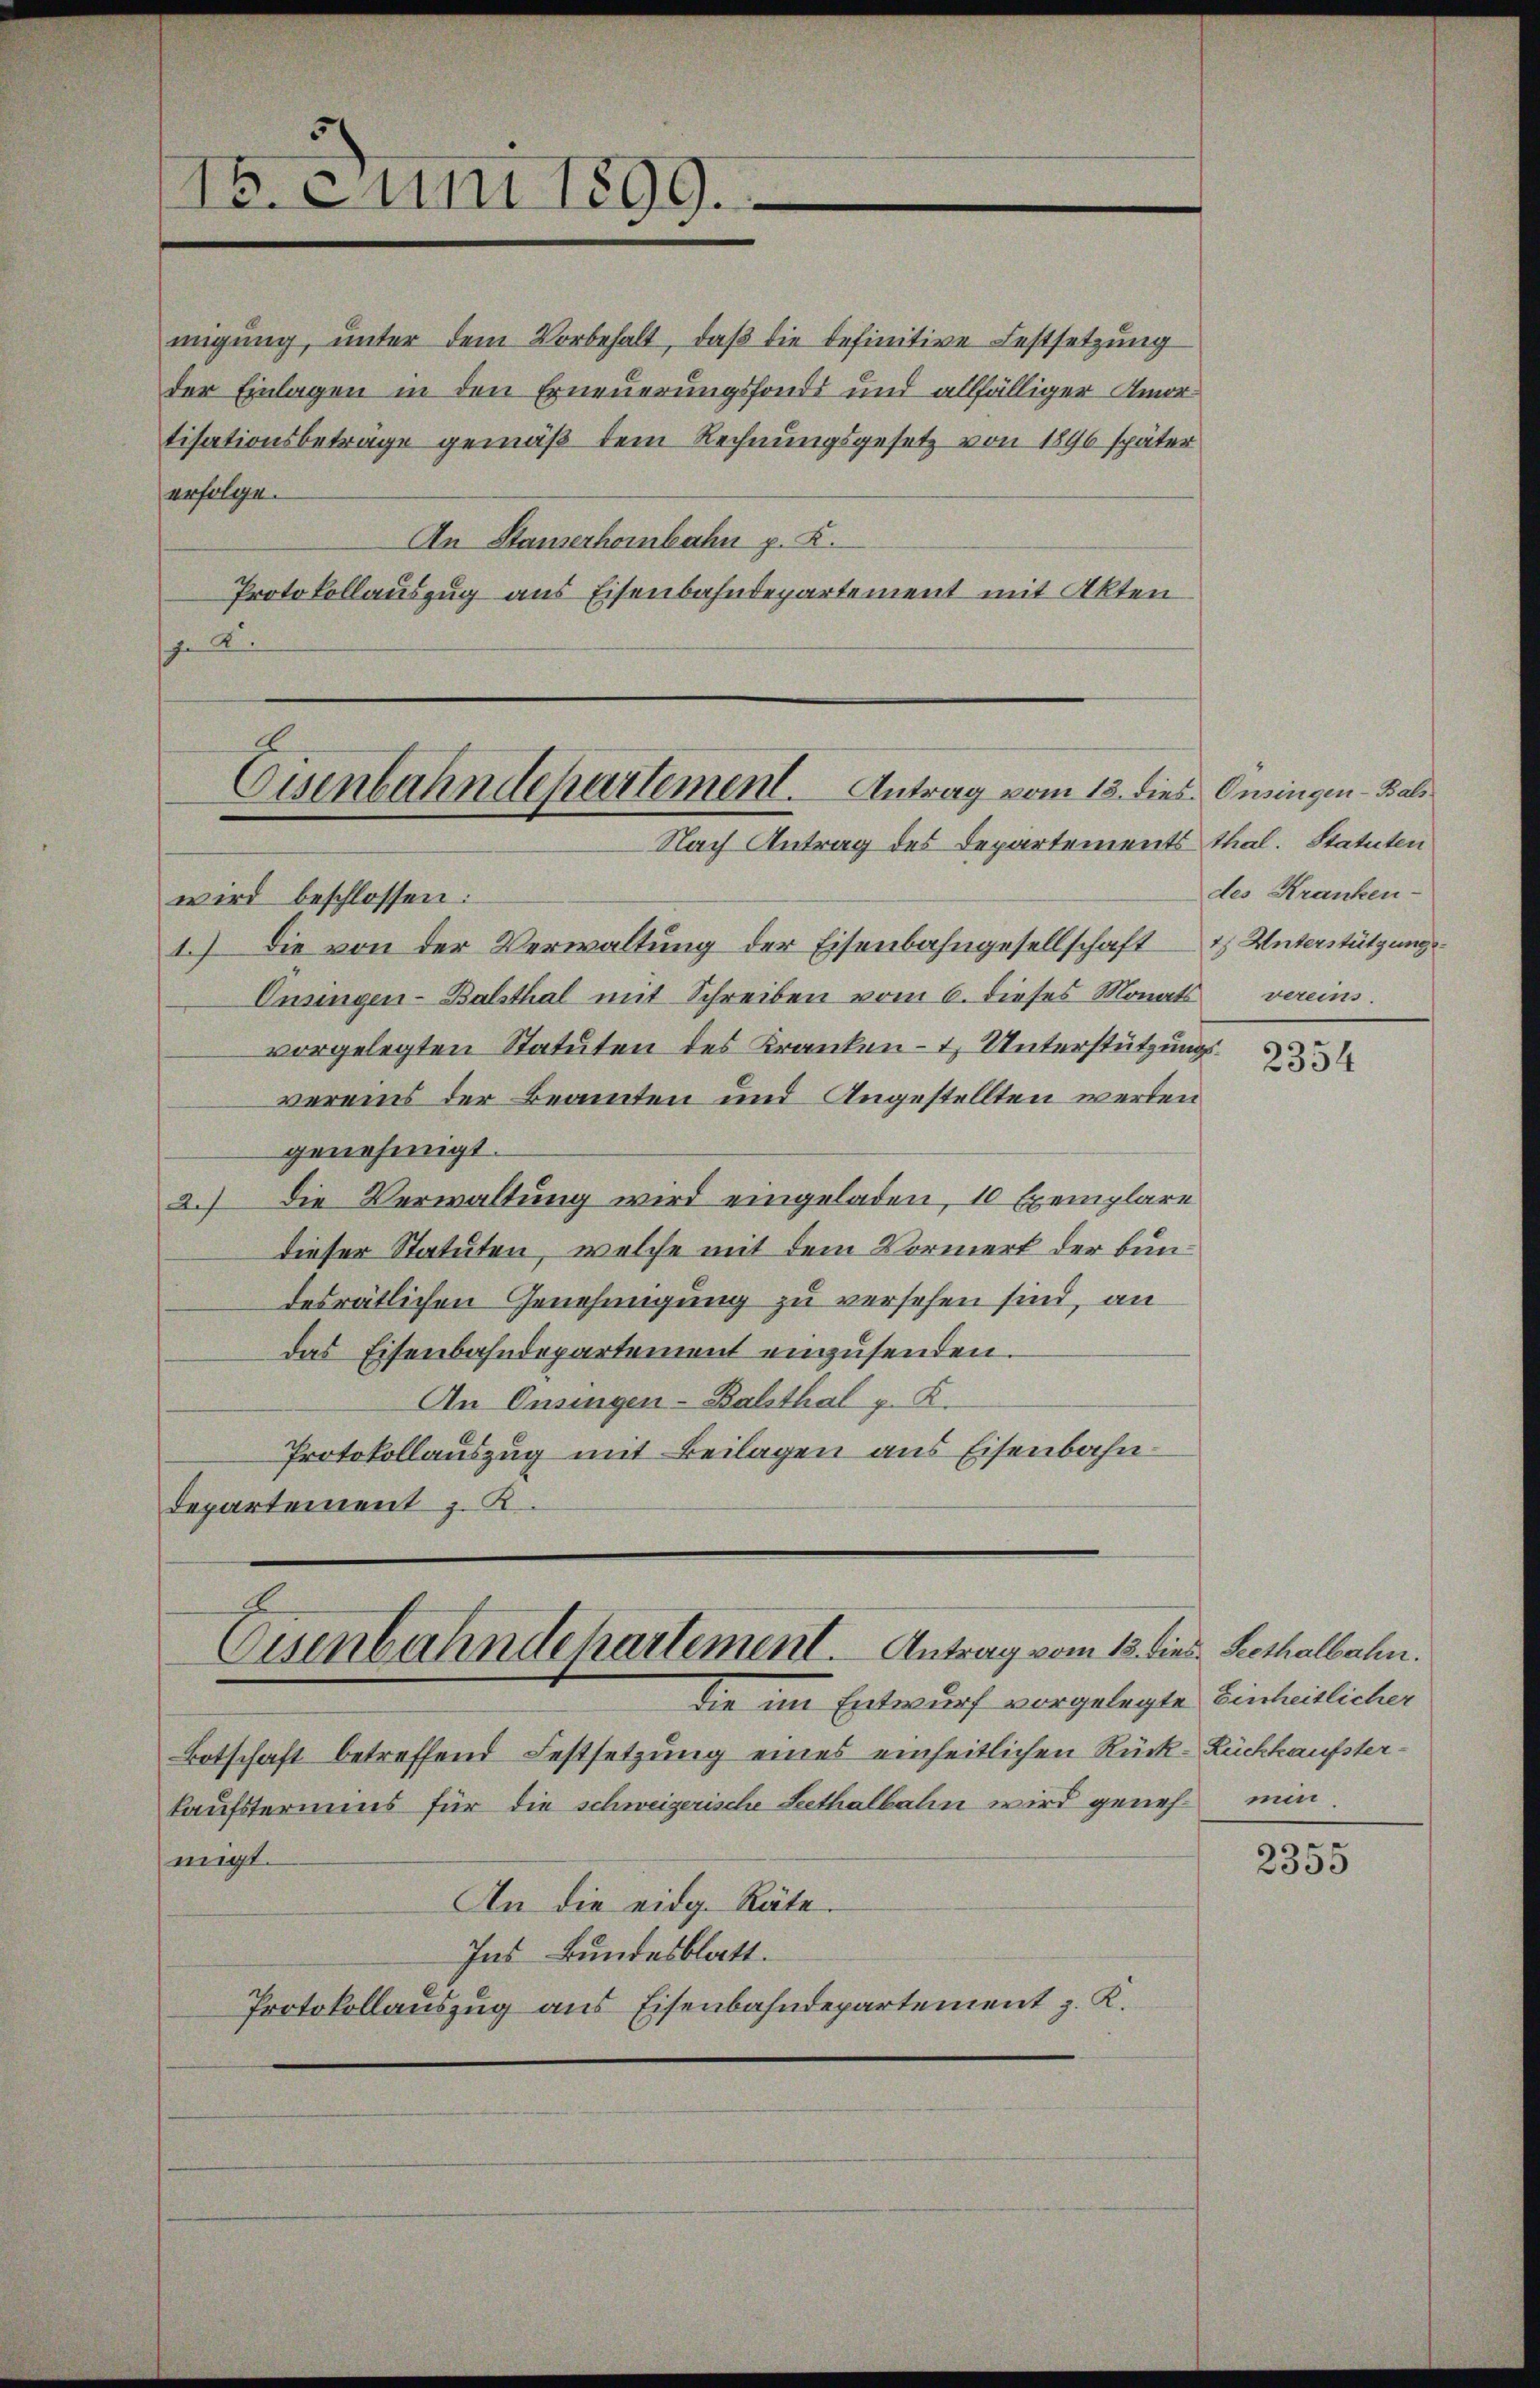
migung, unter dem Vorbehalt, daß die definitive Festsetzung
der Einlagen in den Erneuerungsfonds und allfälliger Amortisationsbetrage gemäß dem Rechnungsgesetz von 1896 später
erfolge.
An Stauserhorbahn p. K.
Protokollauszug aus Eisenbahndepartement mit Akten

15. Juni 1899.

Eisenbahndepartement. Antrag vom 13. dies Ansingen - Bals
Nach Antrag des Departements thal. Statuten

wird beschlossen:
1.) Die von der Verwaltung der Eisenbahngesellschaft Unterstützung
Ensingen-Balsthal mit Schreiben vom 6. dieses Monats
vorgelegten Statuten des Kranken- & Unterstützungsvereins der Beamten und Angestellten werden
genehmigt.
2.) Die Verwaltung wird eingeladen, 10 Exemplare
dieser Statuten, welche mit dem Vormerk der Bundesrätlichen Genehmigung zu versehen sind, an
das Eisenbahndepartement einzusenden.
An Onsingen-Balsthal z. K.
Protokollauszug mit Beilagen aus Eisenbahn-
Departement z. R.

Eisenbahndehartement. Antrag vom 13. dies. Bethalbahn.
die im Entwurf vorgelegte Einheitlicher

Botschaft betreffend Festsetzung eines einheitlichen Rück-Rückkaufsterkaufstermins für die schweizerische Seethalbahn wird geneh- min
migt.
An die eidg. Räte.
Ins Bundesblatt.
Protokollauszug aus Eisenbahndepartement z. K.

des Kranken-
vereins.

2354

2355